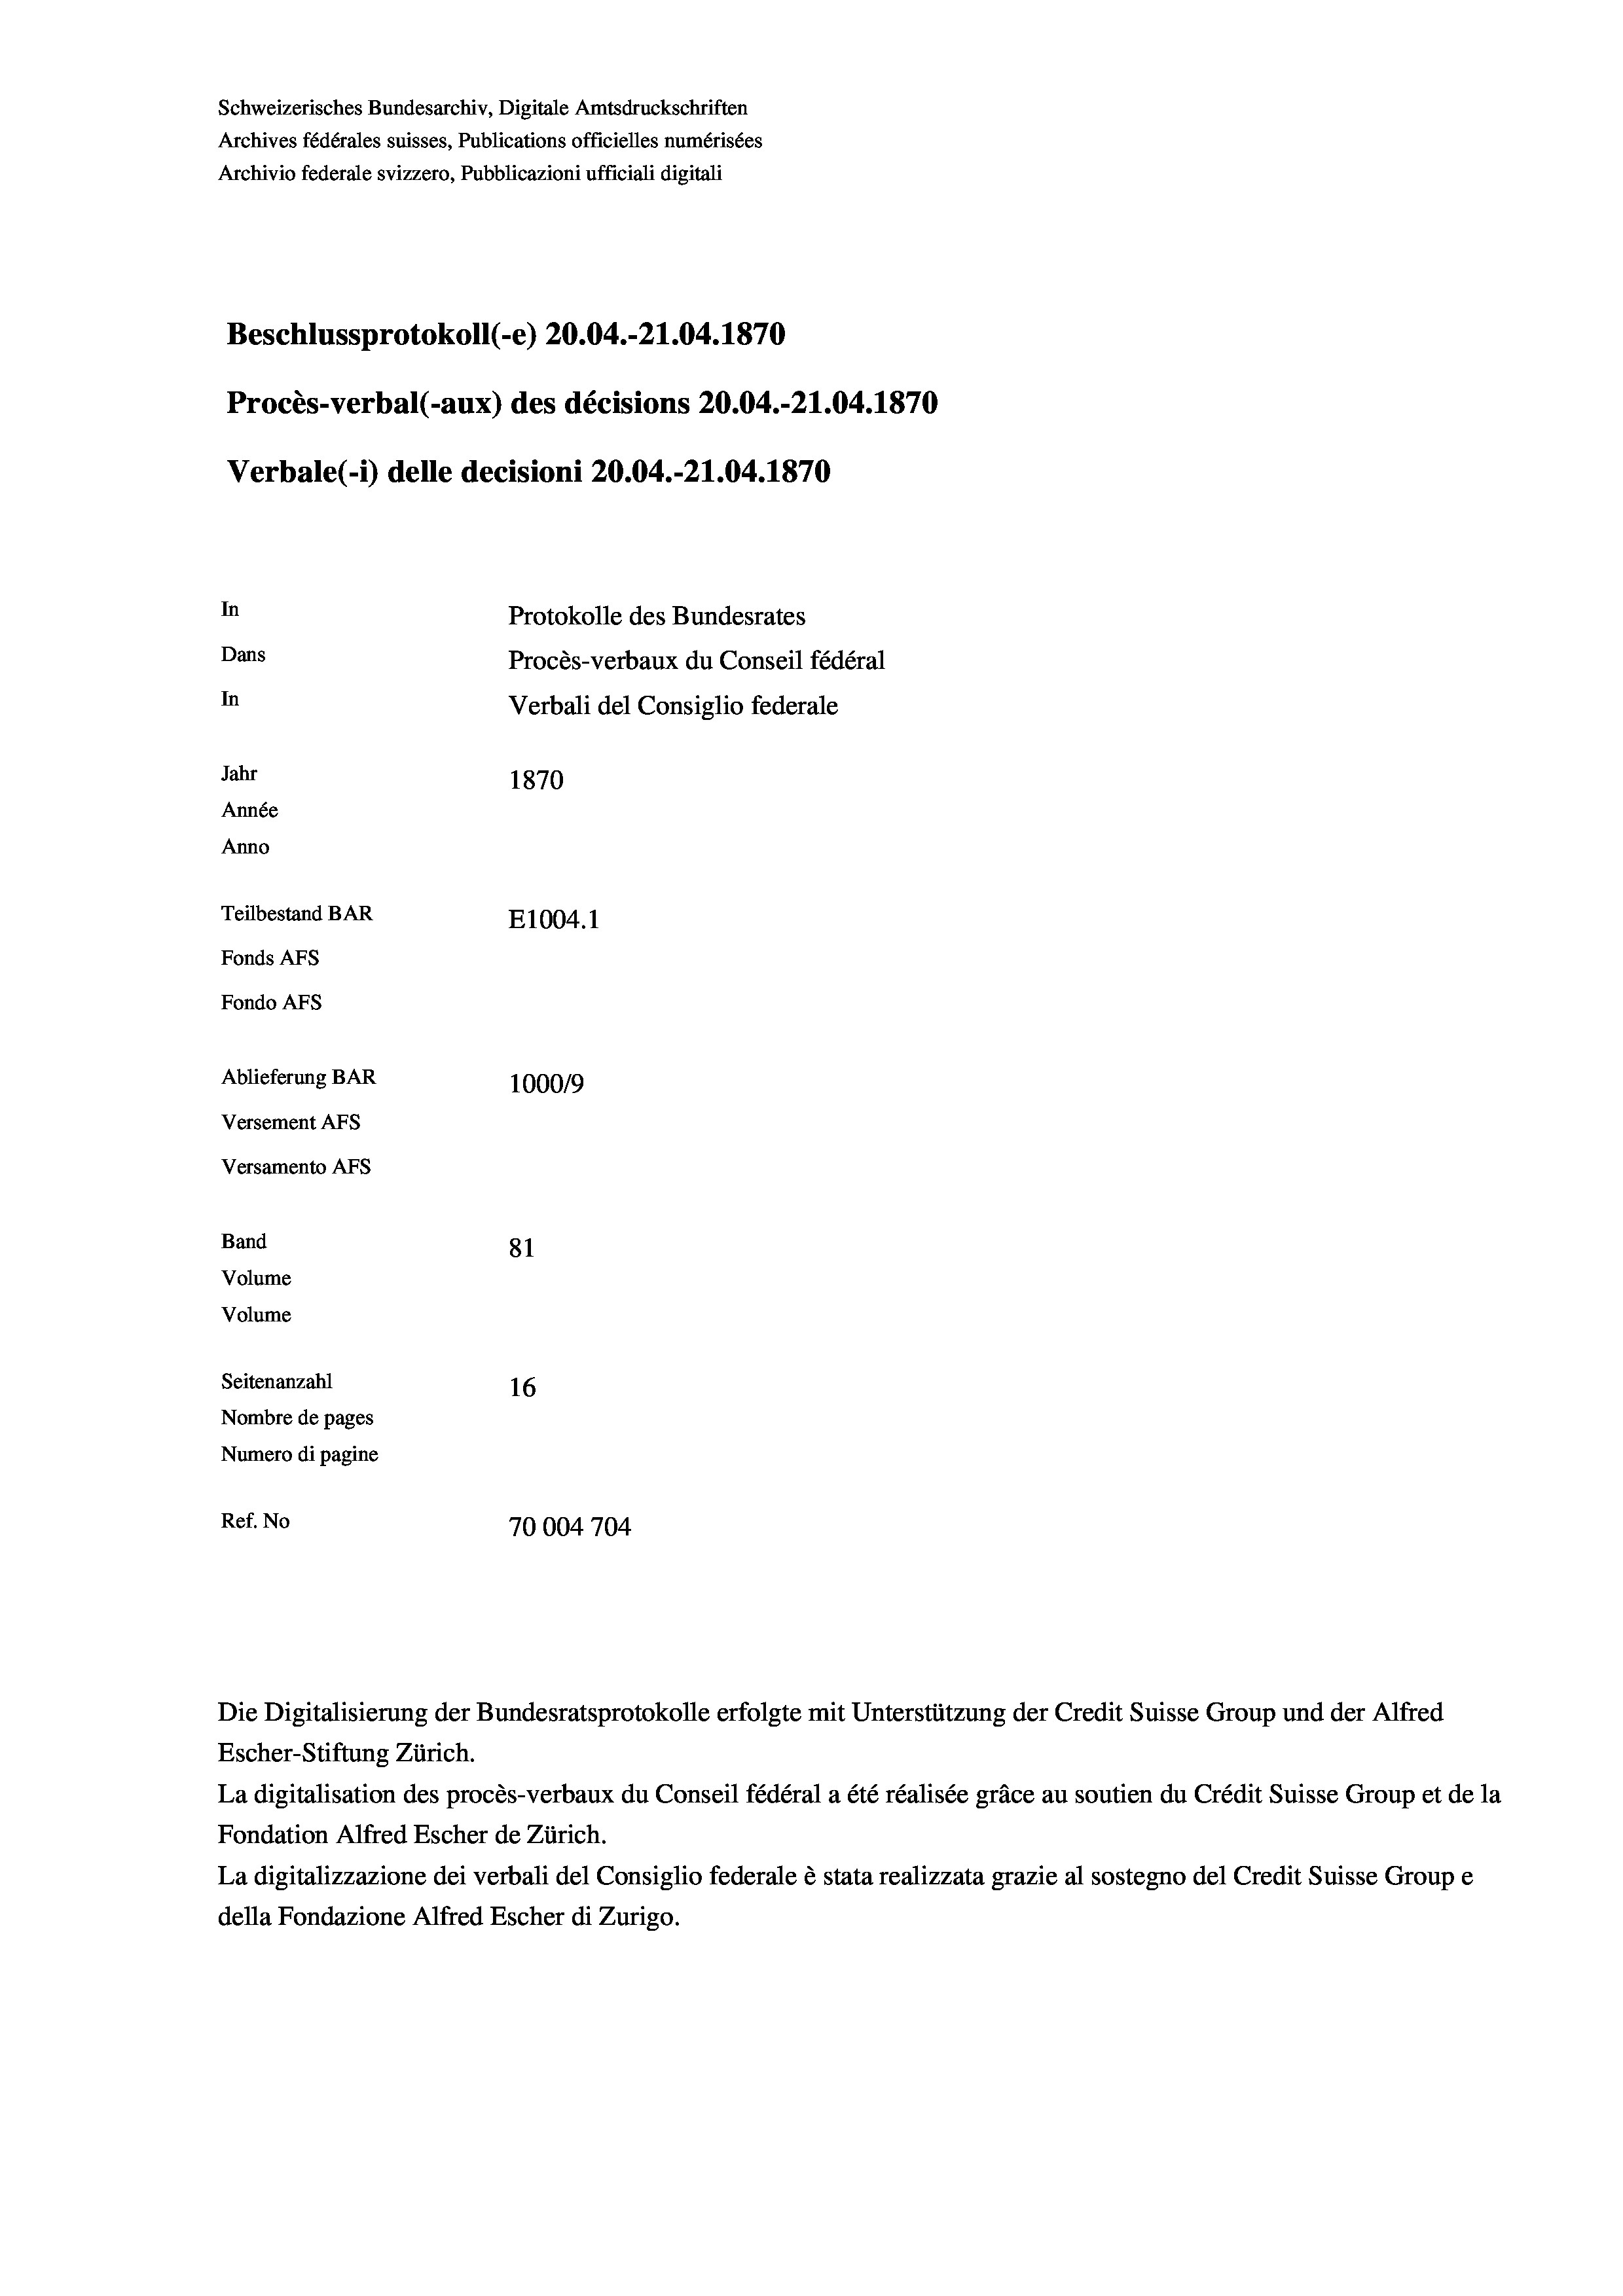
Schweizerisches Bundesarchiv, Digitale Amtsdruckschriften
Archives fédérales suisses, Publications officielles numérisées
Archivio federale svizzero, Pubblicazioni ufficiali digitali
Beschlussprotokoll (-e) 20.04.-21.04. 1870
Procès-verbal (-aux) des décisions 20.04.-21.04. 1870
Verbale(-*) delle decisioni 20.04.-21.04. 1870
In
Protokolle des Bundesrates
Dans
Procès-verbaux du Conseil fédéral
In
Verbali del Consiglio federale
Jahr
1870
Année
Anno
Teilbestand BAR
E1004. 1
Fonds AFs
Fondo AFS
Ablieferung BAR
100019
Versement AFs

81
Seitenanzahl
16
Nombre de pages
Numero di pagine
Ref. No
70004704

Versamento AFs
Band
Volume

Volume

Die Digitalisierung der Bundesratsprotokolle erfolgte mit Unterstützung der Credit Suisse Group und der Alfred
Escher-Stiftung Zürich.
La digitalisation des procès-verbaux du Conseil fédéral a été réalisée gräce au soutien du Crédit Suisse Group et de la
Fondation Alfred Escher de Zürich.
La digitalizzazione dei verbali del Consiglio federale è stata realizzata grazie al sostegno del Credit Suisse Groupe
della Fondazione Alfred Escher di Zurigo.